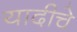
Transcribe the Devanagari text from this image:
यादीचे